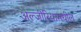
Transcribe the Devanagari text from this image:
अल्जीरियामधील